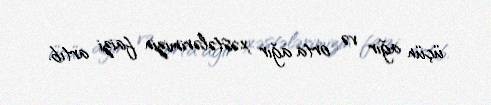
üçün ağır və orta ağır xəstələrimizin faizi artıb.